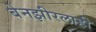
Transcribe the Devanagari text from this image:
बेनझीरलाही